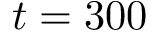
t = 3 0 0